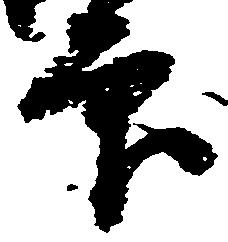
印